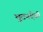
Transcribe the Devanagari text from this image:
भुटनदेवी